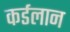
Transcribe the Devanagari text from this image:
कर्डलान